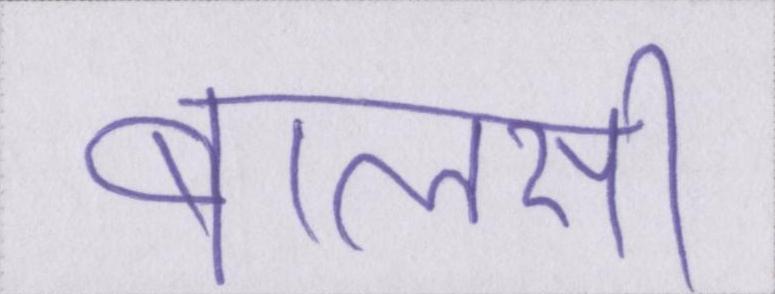
बालसी